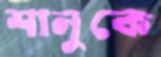
শানুকে